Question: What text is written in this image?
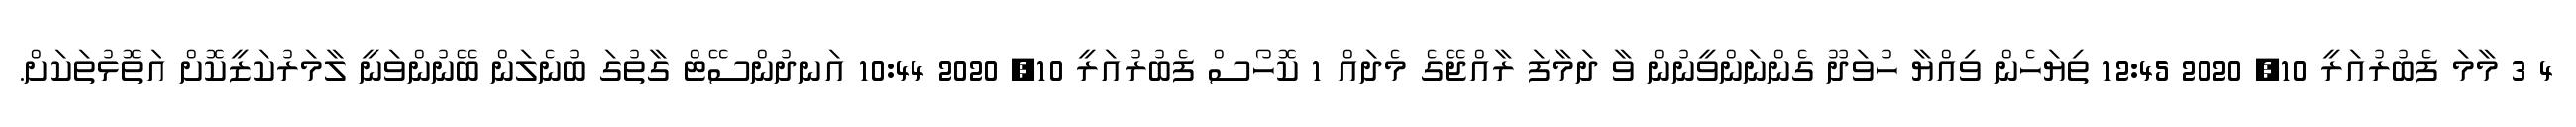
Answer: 4 3 މާމަ ފެބުރުއަރީ 10, 2020 12:45 ތިޔަހެން ވިއްޔާ ހުވަދޫ ގެންނަންވީނުން ވާ ދަމާފަ ރާއްޖޭގެ މެދައް 1 ކޮހޯސް ފެބުރުއަރީ 10, 2020 10:44 އަނދުންސޭޓް ގާތުގަ ބުނެލަން ބޭނުންވަނީ ލާމަރުކަޒީކޮށް އަތޮޅުތަކަށް.